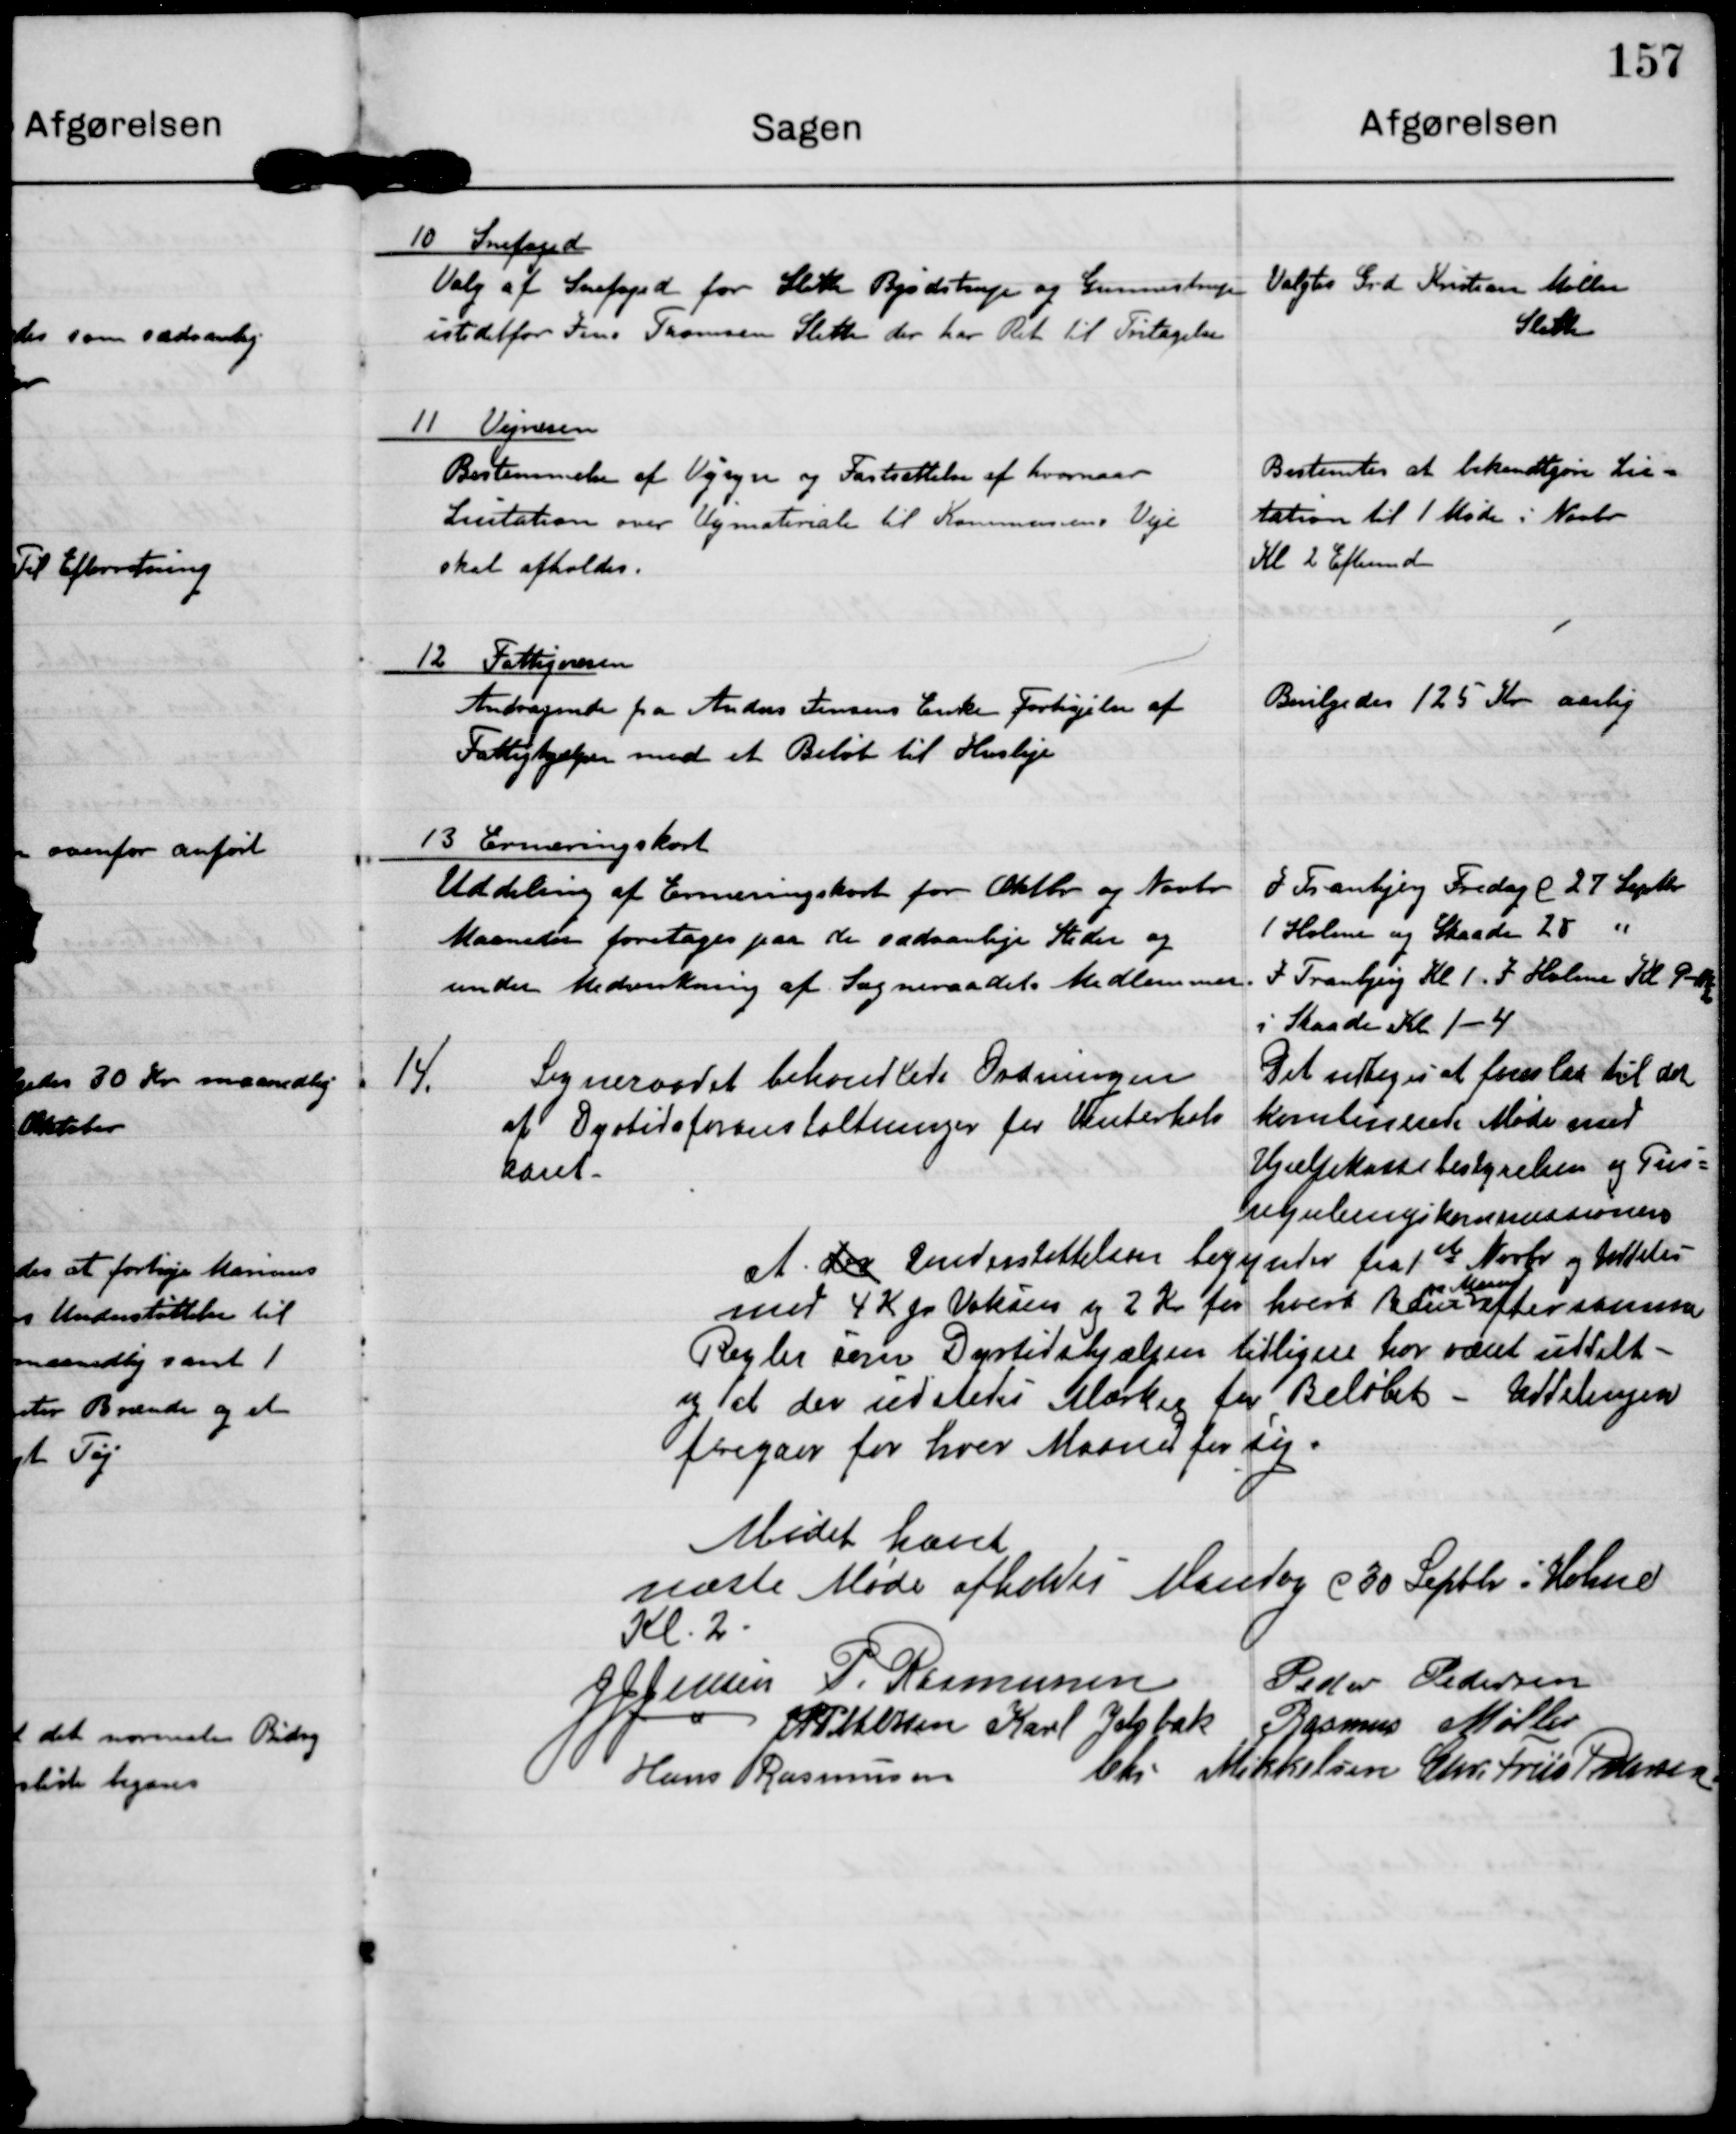
Transskription:
10 Snefoged
Valg af Snefoged for Sleth Bjødstrup og Gunnestrup
istedetfor Jens Thomsen Sleth der har Ret til Fritagelse

Valgtes Grd Kristian Møller
Sleth

11 Vejvæsen
Bestemmelse af Vejsyn og Fastsættelse af hvornaar
Lisitation over Vejmateriale til Kommunens Veje
skal afholdes.

Bestemtes at bekendtgøre Lisi-
tation til 1. Møde i Novbr.
Kl 2 Eftermd

12 Fattigvæsen
Andragende fra Anders Jensens Enke Forhøjelse af
Fattighjælpen med et Beløb til Husleje.

Bevilgedes 125 Kr aarlig

13 Ernæringskort
Uddeling af Ernæringskort for Oktbr og Novbr
Maaneder foretages paa de sædvanlige Steder og
under Medvirkning af Sogneraadets Medlemmer.

I Tranbjerg Fredag d 27 Septbr
I Holme og Skaade 28 "
I Tranbjerg Kl 1. I Holmme Kl 9-11
i Skaade Kl 1-4

14. Sogneraadet behandlede Ordningen
af Dyrtidsforanstaltninger for Vinterhalv-
aaret.

Det vedtoges at foreslaa til det
kombinerede Møde med
Hjælpekassebestyrelsen og Pris-
reguleringskommissionen

at der understøttelsen begynder fra 1st Novbr og Uddeles
pr. Maaned
med 4 K pr Voksen og 2 Kr for hvert Barn efter samme
Regler som Dyrtidshjælpen tidligere har været uddelt -
og at der udstedes Mærker for Beløbet. Uddelingen
foregaard for hver Maaned for sig.

Mødet hævet

næste Møde afholdes Mandag d 30 Septbr i Holme
Kl. 2

J J Jensen

P. Rasmussen

Peder Pedersen

J P Pedersen

Karl Jelsbak

Rasmus Møller

Hans Rasmussen

Chr Mikkelsen

Chr. Friis Pedersen